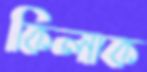
কিলাক